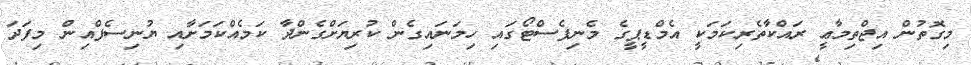
މިގޮތުން އިޖްތިމާޢީ ރައްކާތެރިކަމަކީ އެމްޑީޕީގެ މެނިފެސްޓޯގައި ހިމަނައިގެން ކުރިޔަށްގެންދާ ކަމެއްކަމަށާއި ޔުނިސެފްއިން މިފަދަ